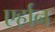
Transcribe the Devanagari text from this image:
एर्हान